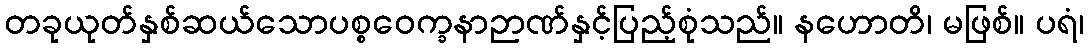
တခုယုတ်နှစ်ဆယ်သောပစ္စဝေက္ခနာဉာဏ်နှင့်ပြည့်စုံသည်။ နဟောတိ၊ မဖြစ်။ ပရံ၊